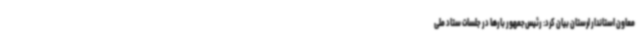
معاون استاندار لرستان بیان کرد: رئیس‌جمهور بارها در جلسات ستاد ملی